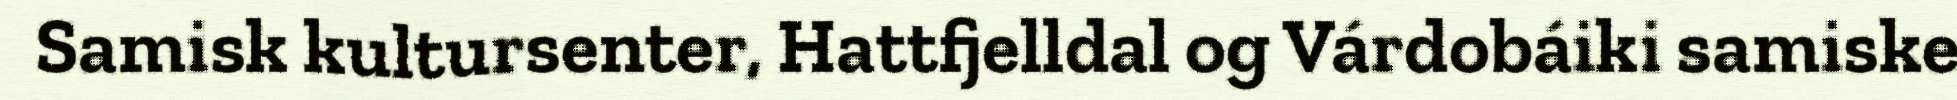
Samisk kultursenter, Hattfjelldal og Várdobáiki samiske